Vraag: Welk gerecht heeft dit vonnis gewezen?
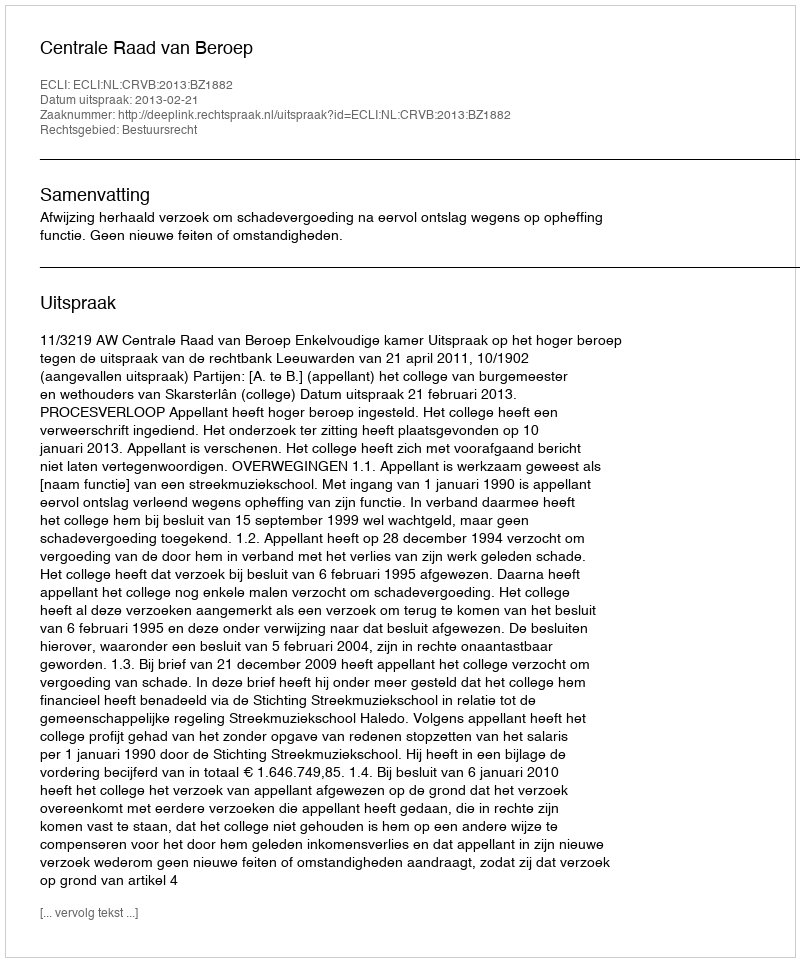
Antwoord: Centrale Raad van Beroep